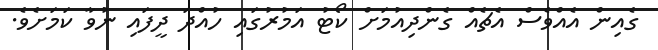
ގެއިން އެއްވެސް އެޗެއް ގެންދިއުމަށް ކޯޓު އަމުރުގައި ހުއްދަ ދީފައި ނުވާ ކަމަށެވެ.